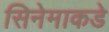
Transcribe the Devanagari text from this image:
सिनेमाकडे